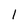
Character: 1